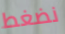
نضغط